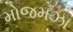
મોજમઝા